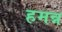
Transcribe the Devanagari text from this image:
हमन्न